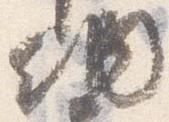
納